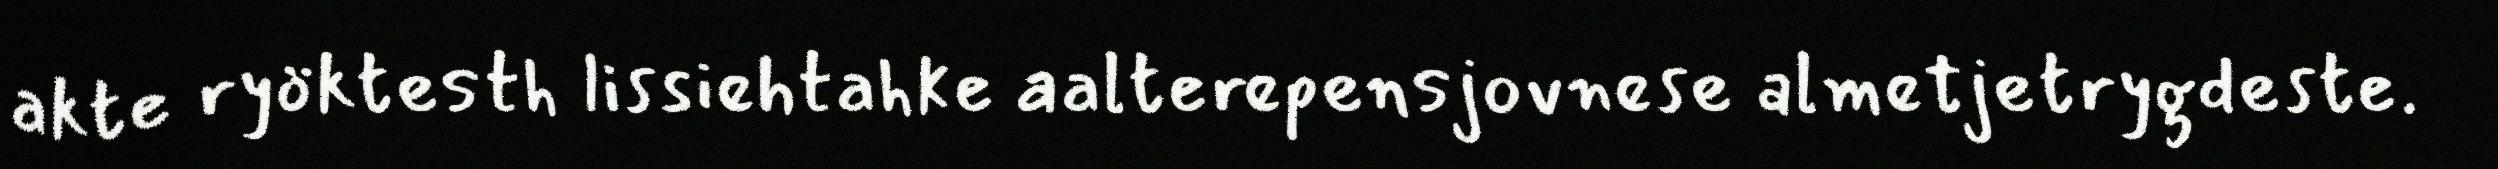
akte ryöktesth lissiehtahke aalterepensjovnese almetjetrygdeste.